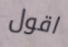
اقول